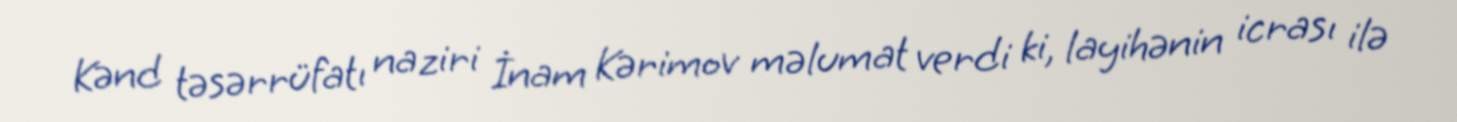
Kənd təsərrüfatı naziri İnam Kərimov məlumat verdi ki, layihənin icrası ilə